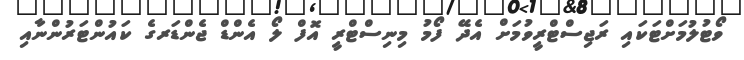
ވޯޓުލުމަށްޓަކައި ރަޖިސްޓްރީވުމަށް އެދޭ ފޯމު މިނިސްޓްރީ އޮފް ލޯ އެންޑް ޖެންޑަރގެ ކައުންޓަރުންނާއި